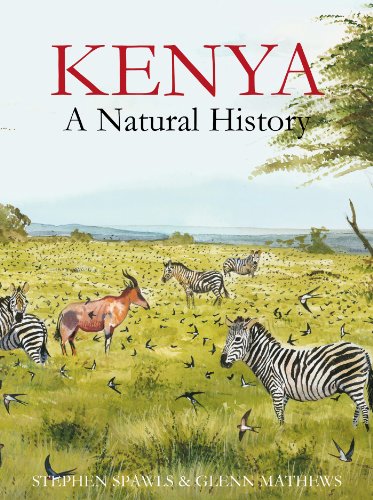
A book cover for Kenya: A Natural History; Steve Spawls; History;